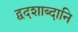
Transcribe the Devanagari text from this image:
द्वदशाब्दानि